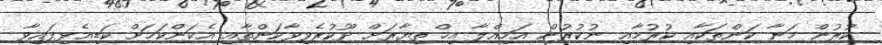
ކުރުން މަނާ ކަންތަކާއި ކުރުމާއި ނުކުރުން އަމިއްލާ އިޚްތިޔާރަށް ދޫކުރެވިވާކަންތާއި އެކަންކަމަށް ކަޑިއެޅިފައިވާ